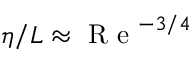
\eta / L \approx \mathrm { ~ R ~ e ~ } ^ { - 3 / 4 }